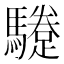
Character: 𩦬